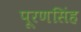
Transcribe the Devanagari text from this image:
पूरणसिंह